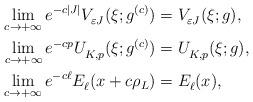
LaTeX: \begin{align*}\lim_{c\to +\infty} e^{-c |J|} V^{}_{\varepsilon J}(\xi ;g^{(c)})&=V^{}_{\varepsilon J}(\xi ;g), \\\lim_{c\to +\infty} e^{-cp} U^{}_{K,p}(\xi ;g^{(c)}) &= U^{}_{K,p}(\xi ;g) ,\\ \lim_{c\to +\infty} e^{-c\ell} E^{}_\ell (x+c\rho_L)&= E^{}_\ell (x) ,\end{align*}